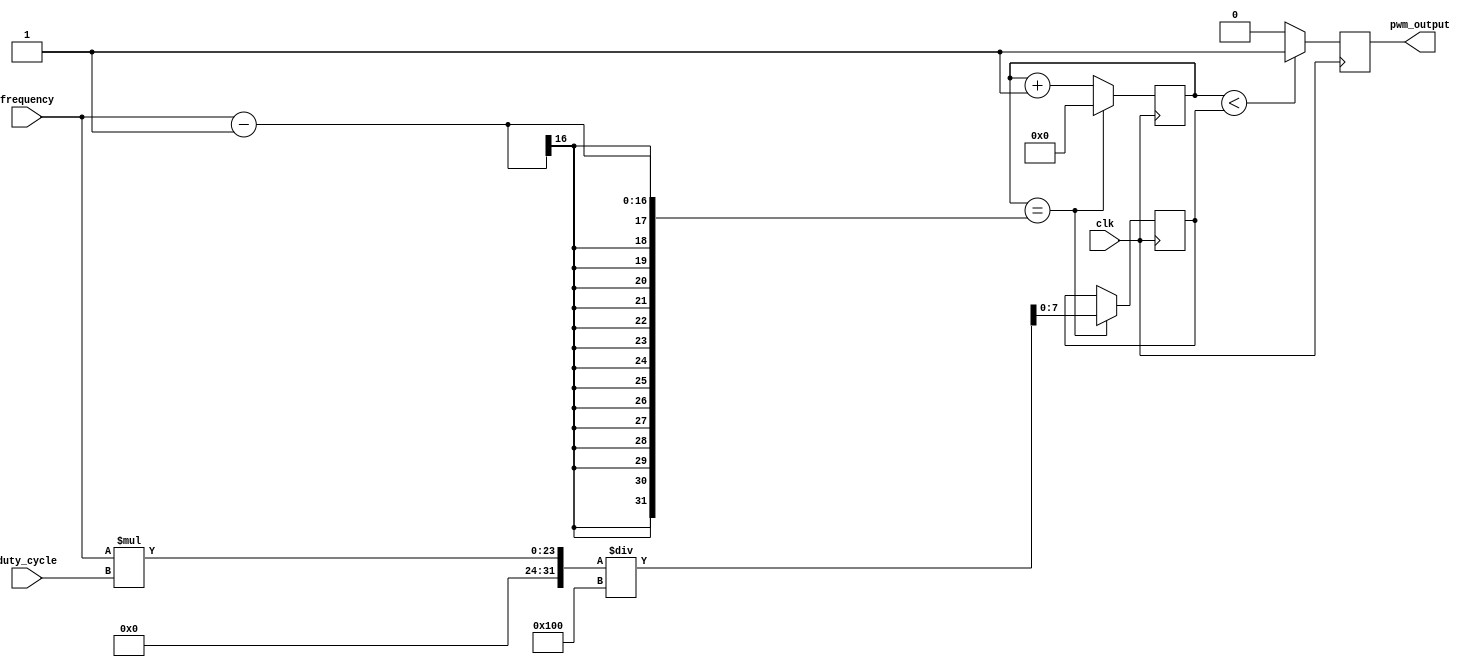
module pwm_generator(
    input wire clk,
    input wire [7:0] duty_cycle,
    input wire [15:0] frequency,
    output reg pwm_output
);

reg [15:0] count;
reg [7:0] compare_value;

always @ (posedge clk) begin
    if (count == frequency - 1) begin
        count <= 0;
        compare_value <= frequency * duty_cycle / 256;
    end else begin
        count <= count + 1;
    end
    
    if (count < compare_value) begin
        pwm_output <= 1'b1;
    end else begin
        pwm_output <= 1'b0;
    end
end

endmodule